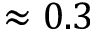
\approx 0 . 3